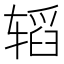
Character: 𮷝